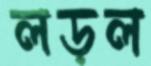
লড়ল